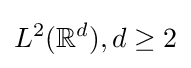
L^{2}(\mathbb {R} ^{d}),d\geq 2